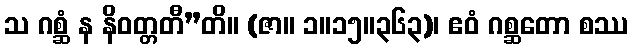
သ ဂစ္ဆံ န နိဝတ္တတီ”တိ။ (ဇာ။ ၁။၁၅။၃၆၃)၊ ဧဝံ ဂစ္ဆတော စဿ